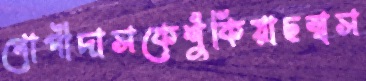
গোপীদাসকেশুঁকিয়াছস্বস